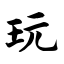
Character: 玩